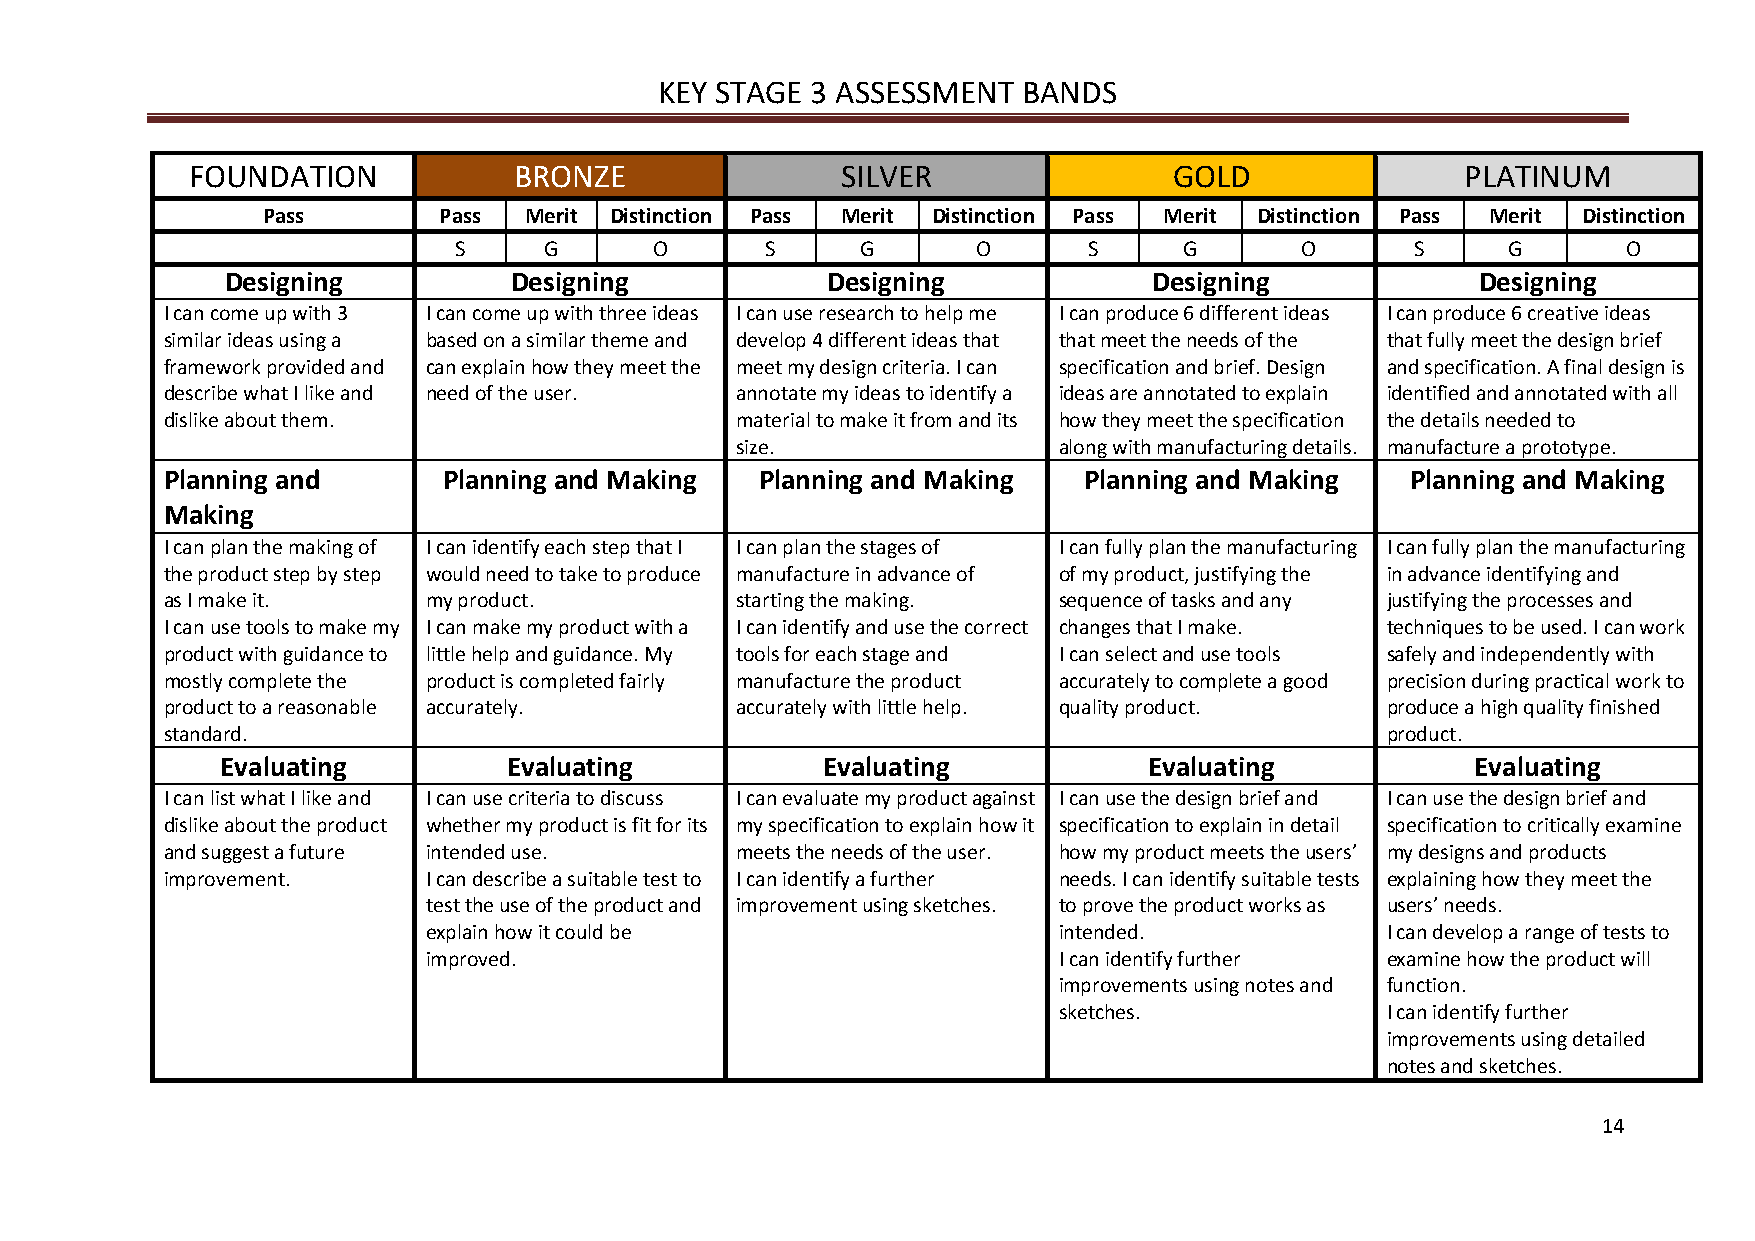
KEY STAGE 3 ASSESSMENT  BANDS
 FOUNDATION           BRONZE                SILVER                GOLD               PLATINUM
 Pass        Pass  Merit Distinction Pass Merit Distinction Pass Merit Distinction Pass Merit Distinction
 S     G      O       S     G       O      S     G       O       S     G       O
 Designing          Designing            Designing            Designing             Designing
 I can come up with 3 I can come up with three ideas I can use research to help me I can produce 6 different ideas I can produce 6 creative ideas
 similar ideas using a based on a similar theme and develop 4 different ideas that that meet the needs of the that fully meet the design brief
 framework provided and can explain how they meet the meet my design criteria. I can specification and brief. Design and specification. A final design is
 describe what I like and need of the user. annotate my ideas to identify a ideas are annotated to explain identified and annotated with all
 dislike about them.                   material to make it from and its how they meet the specification the details needed to
 size.                along with manufacturing details. manufacture a prototype.
 Planning and      Planning and Making  Planning and Making   Planning and Making  Planning and Making
 Making
 I can plan the making of I can identify each step that I I can plan the stages of I can fully plan the manufacturing I can fully plan the manufacturing
 the product step by step would need to take to produce manufacture in advance of of my product, justifying the in advance identifying and
 as I make it.    my product.          starting the making. sequence of tasks and any justifying the processes and
 I can use tools to make my I can make my product with a I can identify and use the correct changes that I make. techniques to be used. I can work
 product with guidance to little help and guidance. My tools for each stage and I can select and use tools safely and independently with
 mostly complete the product is completed fairly manufacture the product accurately to complete a good precision during practical work to
 product to a reasonable accurately.   accurately with little help. quality product. produce a high quality finished
 standard.                                                                        product.
 Evaluating         Evaluating          Evaluating            Evaluating            Evaluating
 I can list what I like and I can use criteria to discuss I can evaluate my product against I can use the design brief and I can use the design brief and
 dislike about the product whether my product is fit for its my specification to explain how it specification to explain in detail specification to critically examine
 and suggest a future intended use.    meets the needs of the user. how my product meets the users’ my designs and products
 improvement.     I can describe a suitable test to I can identify a further needs. I can identify suitable tests explaining how they meet the
 test the use of the product and improvement using sketches. to prove the product works as users’ needs.
 explain how it could be                   intended.             I can develop a range of tests to
 improved.                                 I can identify further examine how the product will
 improvements using notes and function.
 sketches.             I can identify further
 improvements using detailed
 notes and sketches.
 14